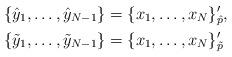
LaTeX: \begin{align*}\{\hat y_1,\dots,\hat y_{N-1}\}&=\{x_1,\dots,x_N\}'_{\hat p},\\\{\tilde y_1,\dots,\tilde y_{N-1}\}&=\{x_1,\dots,x_N\}'_{\tilde p}\end{align*}